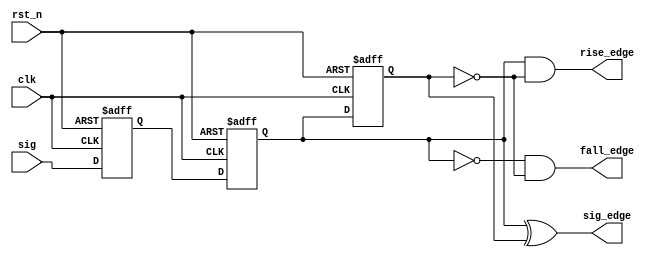
module nsync_edge(
    input clk,rst_n,sig,
    output rise_edge,fall_edge,sig_edge
);

    reg sig_r1,sig_r2,sig_r3;
    always@(posedge clk or negedge rst_n)begin
        if(!rst_n)begin
            sig_r1<=0;
            sig_r2<=0;
            sig_r3<=0;
        end
        else begin
            sig_r1<=sig;
            sig_r2<=sig_r1;
            sig_r3<=sig_r2;
        end
    end
    assign rise_edge = sig_r2 & !sig_r3;
    assign fall_edge = !sig_r2 & !sig_r3;
    assign sig_edge = sig_r2 ^ sig_r3;

endmodule